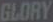
GLORY